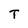
Character: T